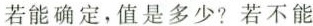
若能确定，值是多少？若不能